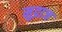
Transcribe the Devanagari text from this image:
मुद्राज